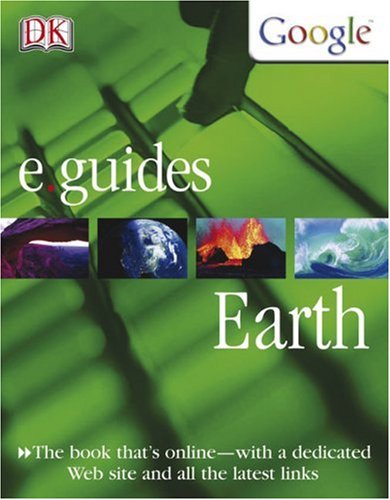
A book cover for Earth (DK/Google E.guides); Matt Turner; Children's Books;